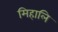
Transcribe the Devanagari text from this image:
मिहालि